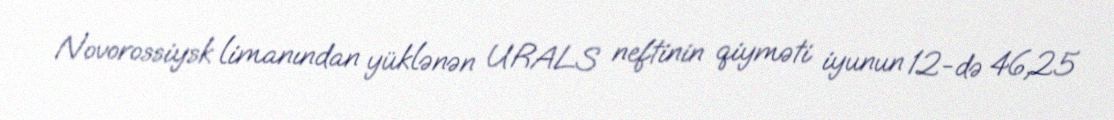
Novorossiysk limanından yüklənən URALS neftinin qiyməti iyunun 12-də 46,25